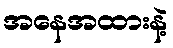
အနေအထားနဲ့